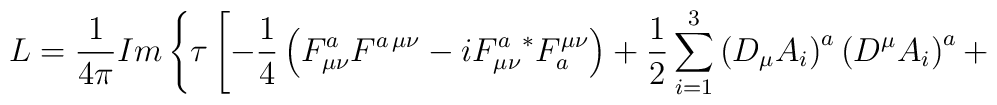
L=  \frac{1}{4 \pi} Im \left\{ \tau \left[ - \frac{1}{4} \left( F^{a}_{\mu \nu} F^{a \, \mu \nu} - i F_{\mu \nu}^{a} {}^{*} F_{a}^{\mu \nu}\right) + \frac{1}{2} \sum_{i=1}^{3} \left( D_{\mu} A_{i} \right)^{a} \left( D^{\mu} A_{i} \right)^{a} + \right. \right.